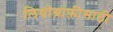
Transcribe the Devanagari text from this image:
लिथोग्राफ़ीसाठी